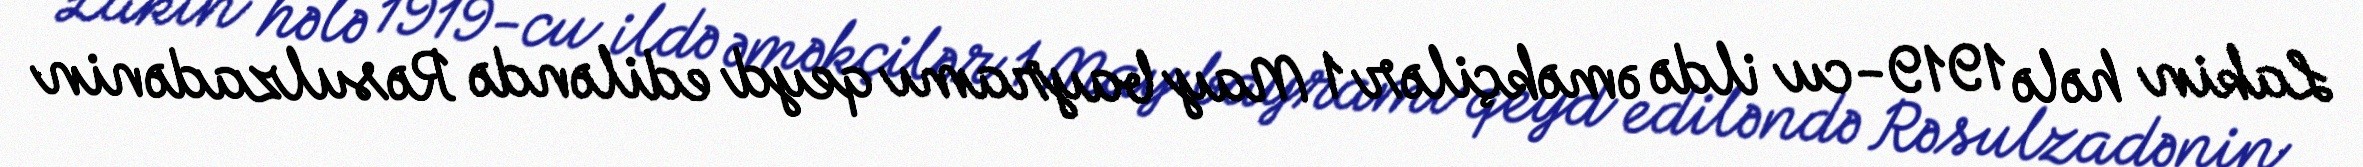
Lakin hələ 1919-cu ildə əməkçilər 1 May bayramı qeyd ediləndə Rəsulzadənin